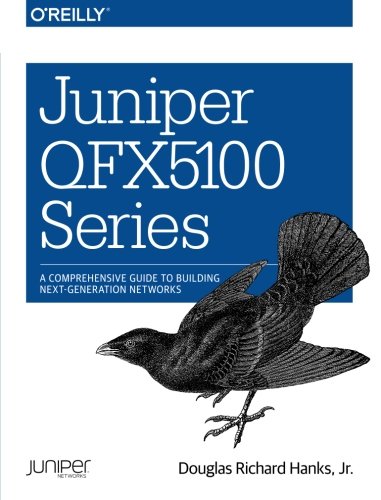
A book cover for Juniper QFX5100 Series: A Comprehensive Guide to Building Next-Generation Networks; Douglas Richard, Jr. Hanks; Computers & Technology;